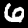
Digit: 6